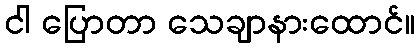
ငါ ပြောတာ သေချာနားထောင်။